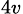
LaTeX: _{4v}